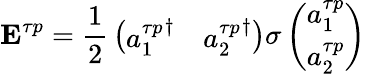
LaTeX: {\mathbf E}^{\tau p}={\frac{1}{2}}\left(\begin{array}{cc}{{{a_{1}^{\tau p}}^{\dagger}}}&{{{a_{2}^{\tau p}}^{\dagger}}}\end{array}\right){\mathbf\sigma}\left(\begin{array}{c}{{a_{1}^{\tau p}}}\\ {{a_{2}^{\tau p}}}\end{array}\right)